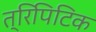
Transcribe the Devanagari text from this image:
त्रिपिटिक